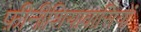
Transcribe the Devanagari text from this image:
फ़ीनीशियावासियों